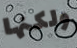
ولكنها